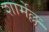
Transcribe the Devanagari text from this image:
शार्मेल्ल